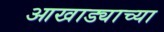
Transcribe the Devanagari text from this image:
आखाड्याच्या